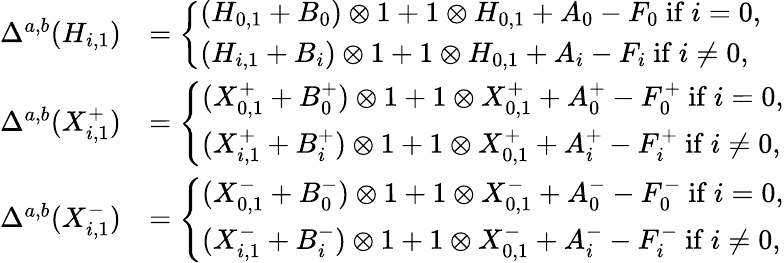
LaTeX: \begin{array}{rl}{\Delta^{a,b}(H_{i,1})}&{=\left\{ \begin{array}{ll}{(H_{0,1}+B_{0})\otimes 1+1\otimes H_{0,1}+A_{0}-F_{0}\mathrm{~if~}i=0,}\\ {(H_{i,1}+B_{i})\otimes 1+1\otimes H_{0,1}+A_{i}-F_{i}\mathrm{~if~}i\neq 0,}\end{array}\right.}\\ {\Delta^{a,b}(X_{i,1}^{+})}&{=\left\{ \begin{array}{ll}{(X_{0,1}^{+}+B_{0}^{+})\otimes 1+1\otimes X_{0,1}^{+}+A_{0}^{+}-F_{0}^{+}\mathrm{~if~}i=0,}\\ {(X_{i,1}^{+}+B_{i}^{+})\otimes 1+1\otimes X_{0,1}^{+}+A_{i}^{+}-F_{i}^{+}\mathrm{~if~}i\neq 0,}\end{array}\right.}\\ {\Delta^{a,b}(X_{i,1}^{-})}&{=\left\{ \begin{array}{ll}{(X_{0,1}^{-}+B_{0}^{-})\otimes 1+1\otimes X_{0,1}^{-}+A_{0}^{-}-F_{0}^{-}\mathrm{~if~}i=0,}\\ {(X_{i,1}^{-}+B_{i}^{-})\otimes 1+1\otimes X_{0,1}^{-}+A_{i}^{-}-F_{i}^{-}\mathrm{~if~}i\neq 0,}\end{array}\right.}\end{array}